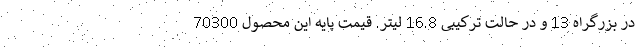
در بزرگراه 13 و در حالت ترکیبی 16.8 لیتر. قیمت پایه این محصول 70300